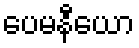
ပေမနီယော